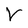
Character: V